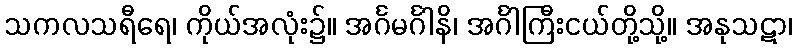
သကလသရီရေ၊ ကိုယ်အလုံး၌။ အင်္ဂမင်္ဂါနိ၊ အင်္ဂါကြီးငယ်တို့သို့။ အနုသဋာ၊